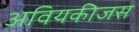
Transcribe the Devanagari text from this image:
अवियकीजस